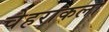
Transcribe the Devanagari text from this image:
चेहराकला